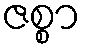
ဇစ္စာ